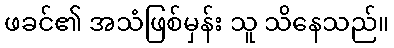
ဖခင်၏ အသံဖြစ်မှန်း သူ သိနေသည်။